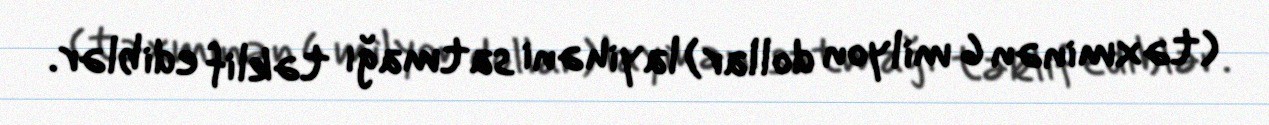
(təxminən 6 milyon dollar) layihəni satmağı təklif ediblər.